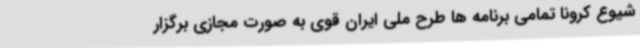
شیوع کرونا تمامی برنامه ها طرح ملی ایران قوی به صورت مجازی برگزار